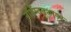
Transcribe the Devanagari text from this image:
नॉर्थॅम्टनशायर